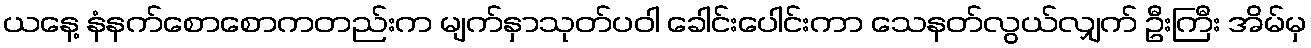
ယနေ့ နံနက်စောစောကတည်းက မျက်နှာသုတ်ပဝါ ခေါင်းပေါင်းကာ သေနတ်လွယ်လျှက် ဦးကြီး အိမ်မှ